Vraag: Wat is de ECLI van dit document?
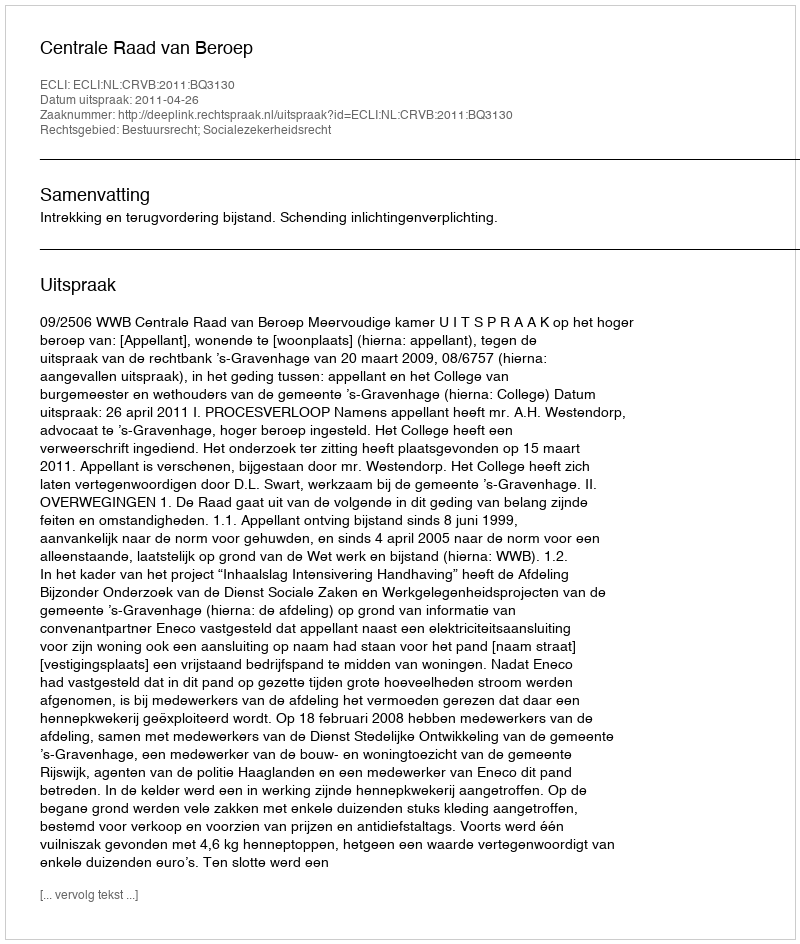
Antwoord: ECLI:NL:CRVB:2011:BQ3130